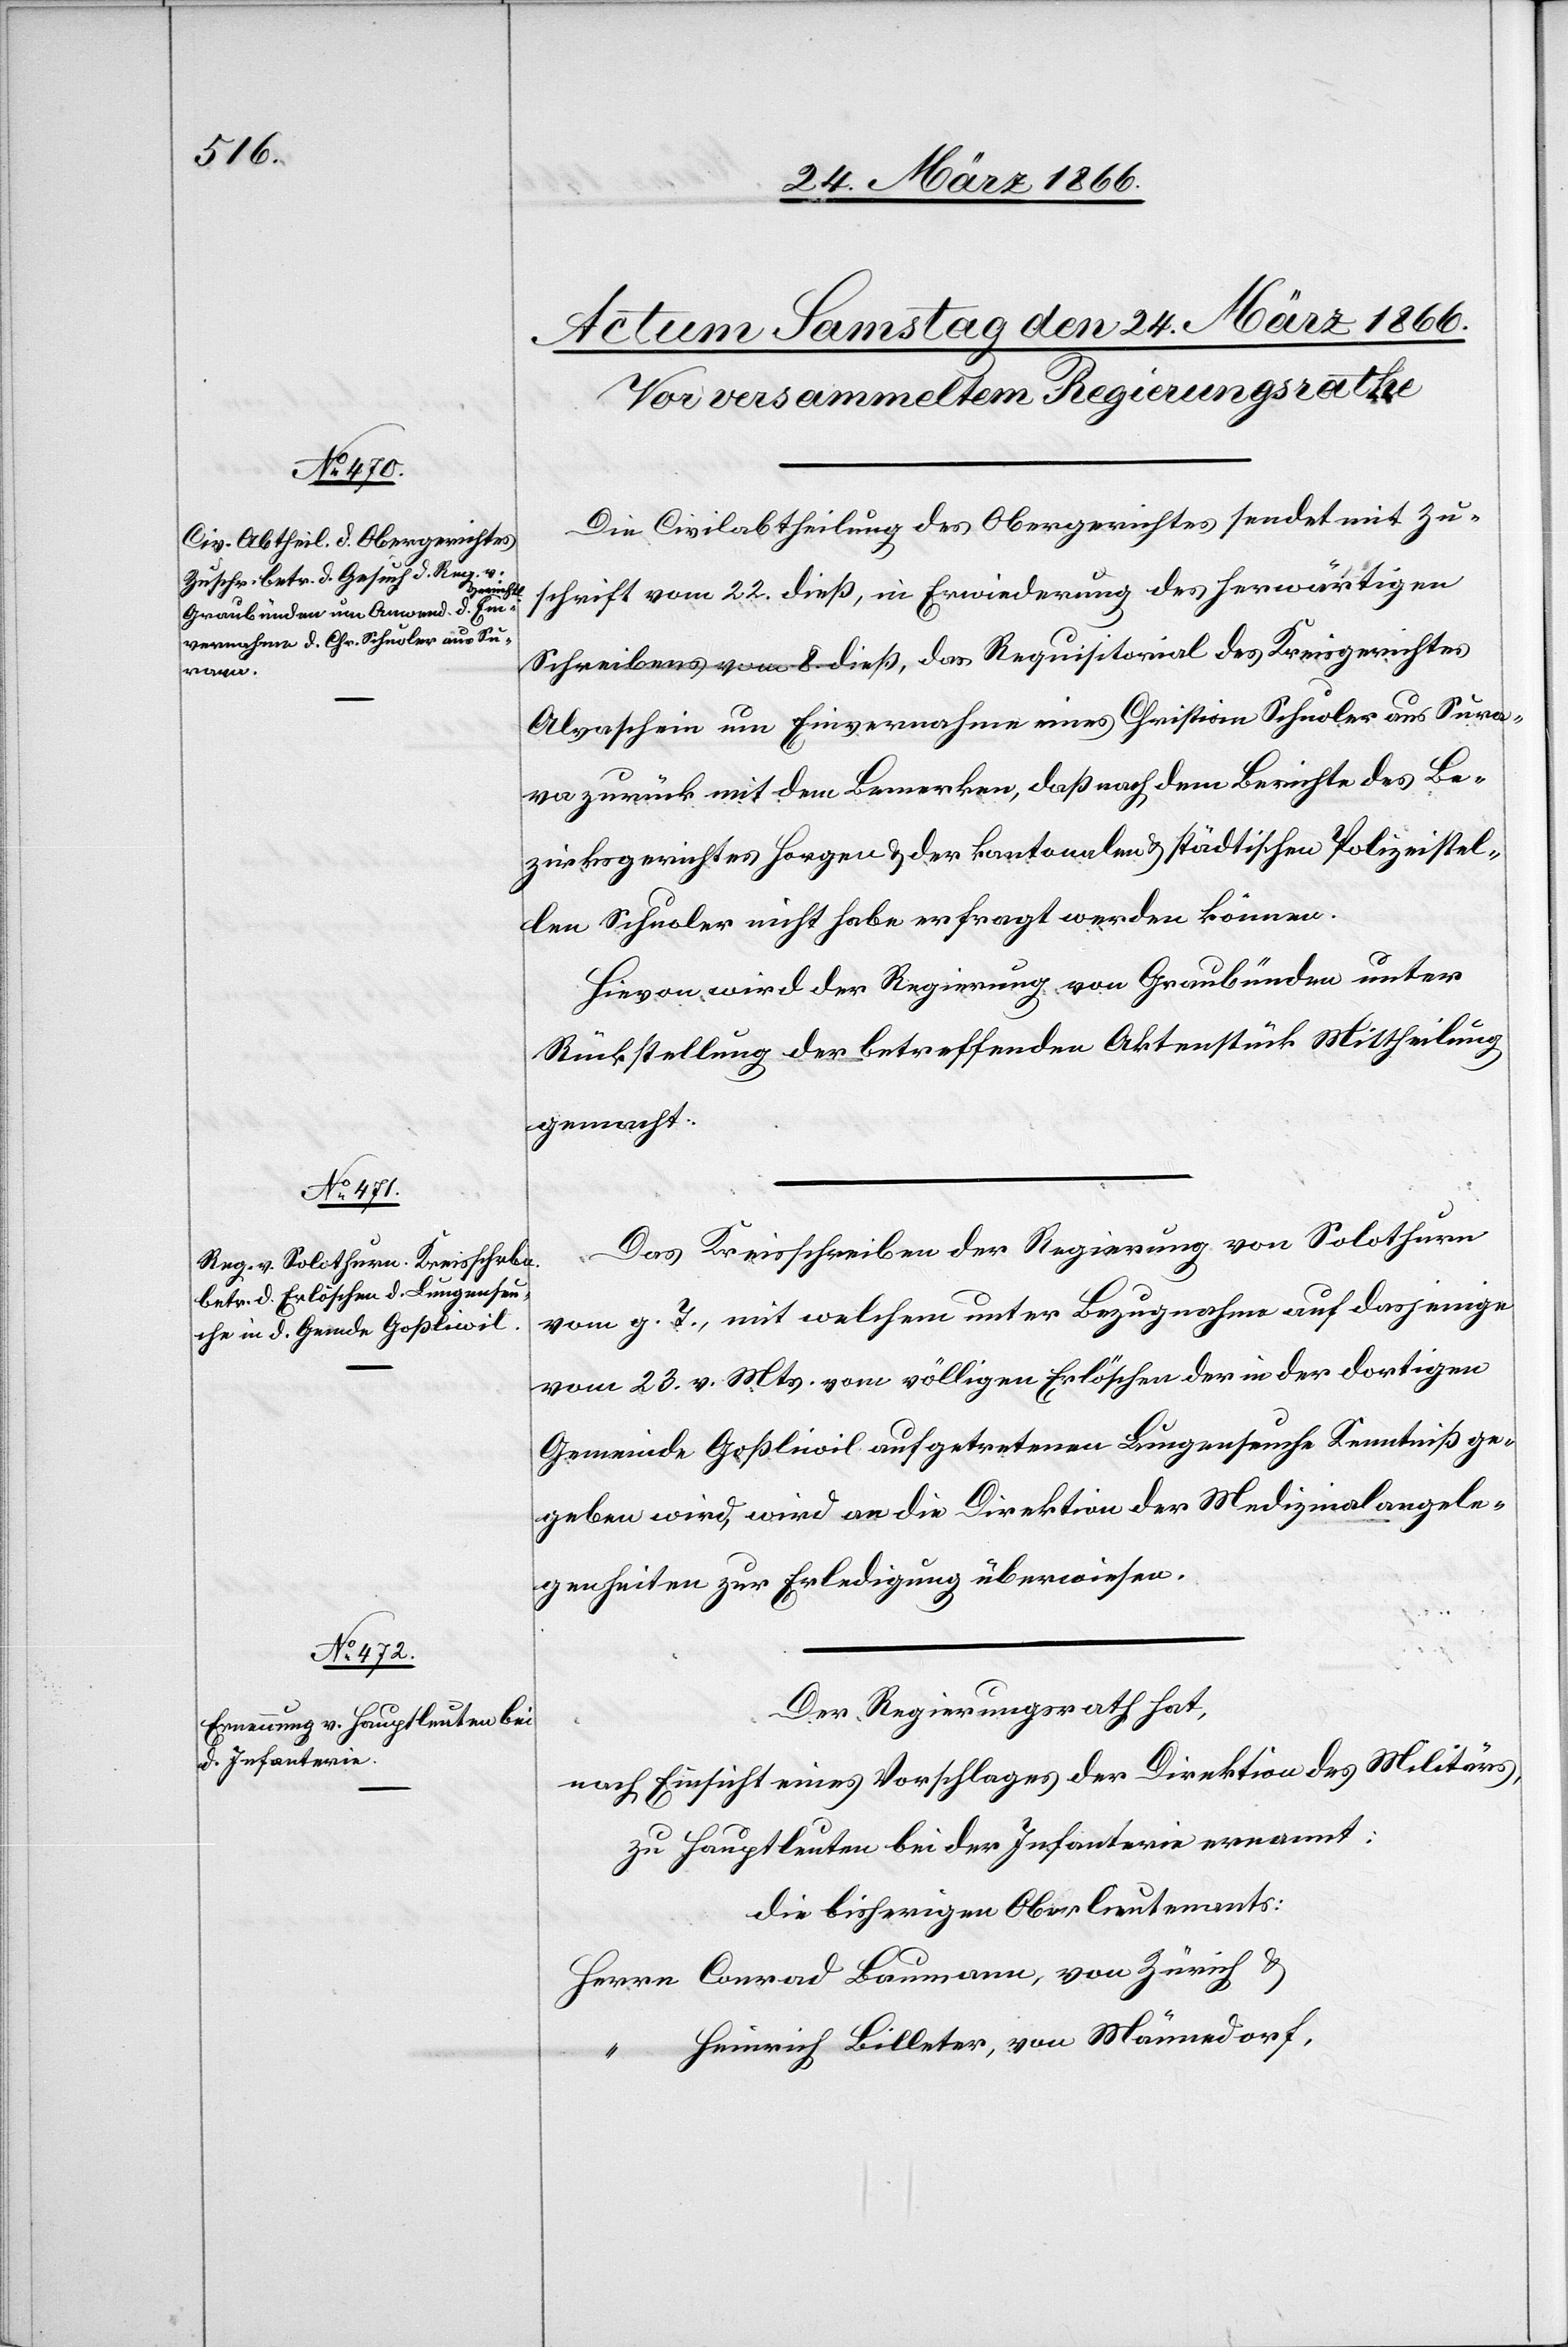
Die Civilabtheilung des Obergerichtes sendet mit Zu¬
schrift vom 22. dieß, in Erwiederung des herwärtigen
Schreibens vom 8. dieß, das Requisitorial des Kreisgerichtes
Alvaschein um Einvernahme eines Christian Schuoler aus Sura¬
va zurück mit dem Bemerken, daß nach dem Berichte des Be¬
zirksgerichtes Horgen u. der kantonalen u. städtischen Polizeistel¬
len Schuoler nicht habe erfragt werden können.
Hievon wird der Regierung von Graubünden unter
Rückstellung der betreffenden Aktenstück[e] Mittheilung
gemacht.
Das Kreisschreiben der Regierung von Solothurn
vom g. T., mit welchem unter Bezugnahme auf dasjenige
vom 23. v. Mts. vom völligen Erlöschen der in der dortigen
Gemeinde Goßliwil aufgetretenen Lungenseuche Kenntniß ge¬
geben wird, wird an die Direktion der Medizinalangele¬
genheiten zur Erledigung überwiesen.
Der Regierungsrath hat,
nach Einsicht eines Vorschlages der Direktion des Militärs,
zu Hauptleuten bei der Infanterie ernannt:
die bisherigen Oberlieutenants:
Herrn Conrad Baumann, von Zürich u.
“ Heinrich Billeter, von Männedorf.